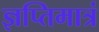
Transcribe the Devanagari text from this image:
ज्ञप्तिमात्रं